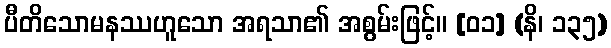
ပီတိသောမနဿဟူသော အရသာ၏ အစွမ်းဖြင့်။ [၀၁] (နိ၊ ၁၃၅)